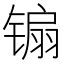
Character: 䦂